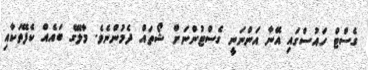
ގެސްޓް ހައުސްގައި އޭނާ އަންނަނީ ގެސްޓުންނަށް ޝޯތައް ދެމުންނެވެ. މާލޭގެ ބައެއް ކެފޭތަކާއި